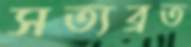
সত্যব্রত